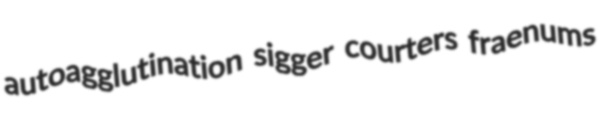
autoagglutination sigger courters fraenums